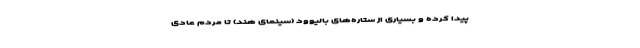
پیدا کرده و بسیاری از ستاره‌های بالیوود (سینمای هند) تا مردم عادی